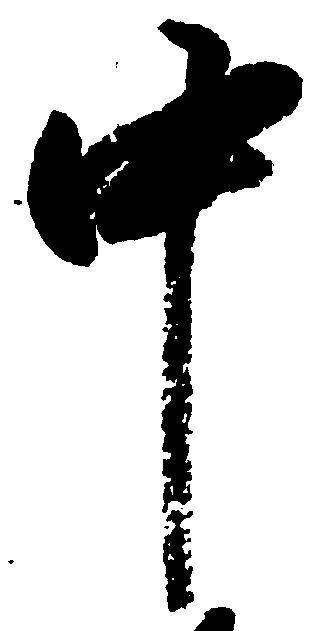
中